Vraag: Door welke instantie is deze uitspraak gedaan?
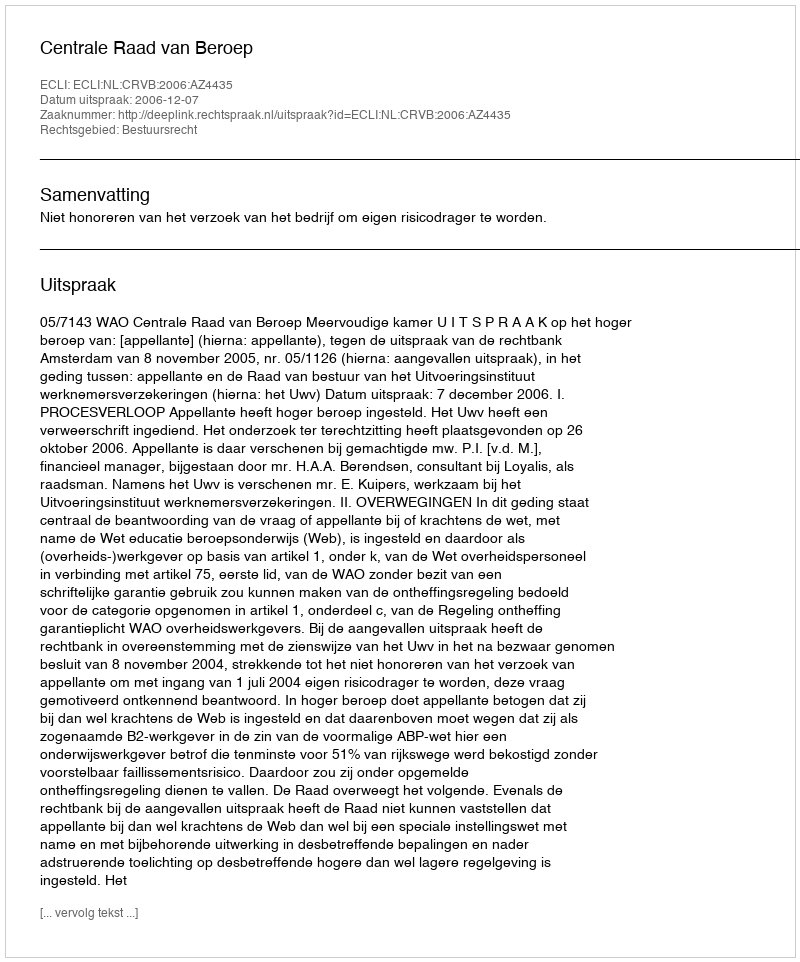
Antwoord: Centrale Raad van Beroep